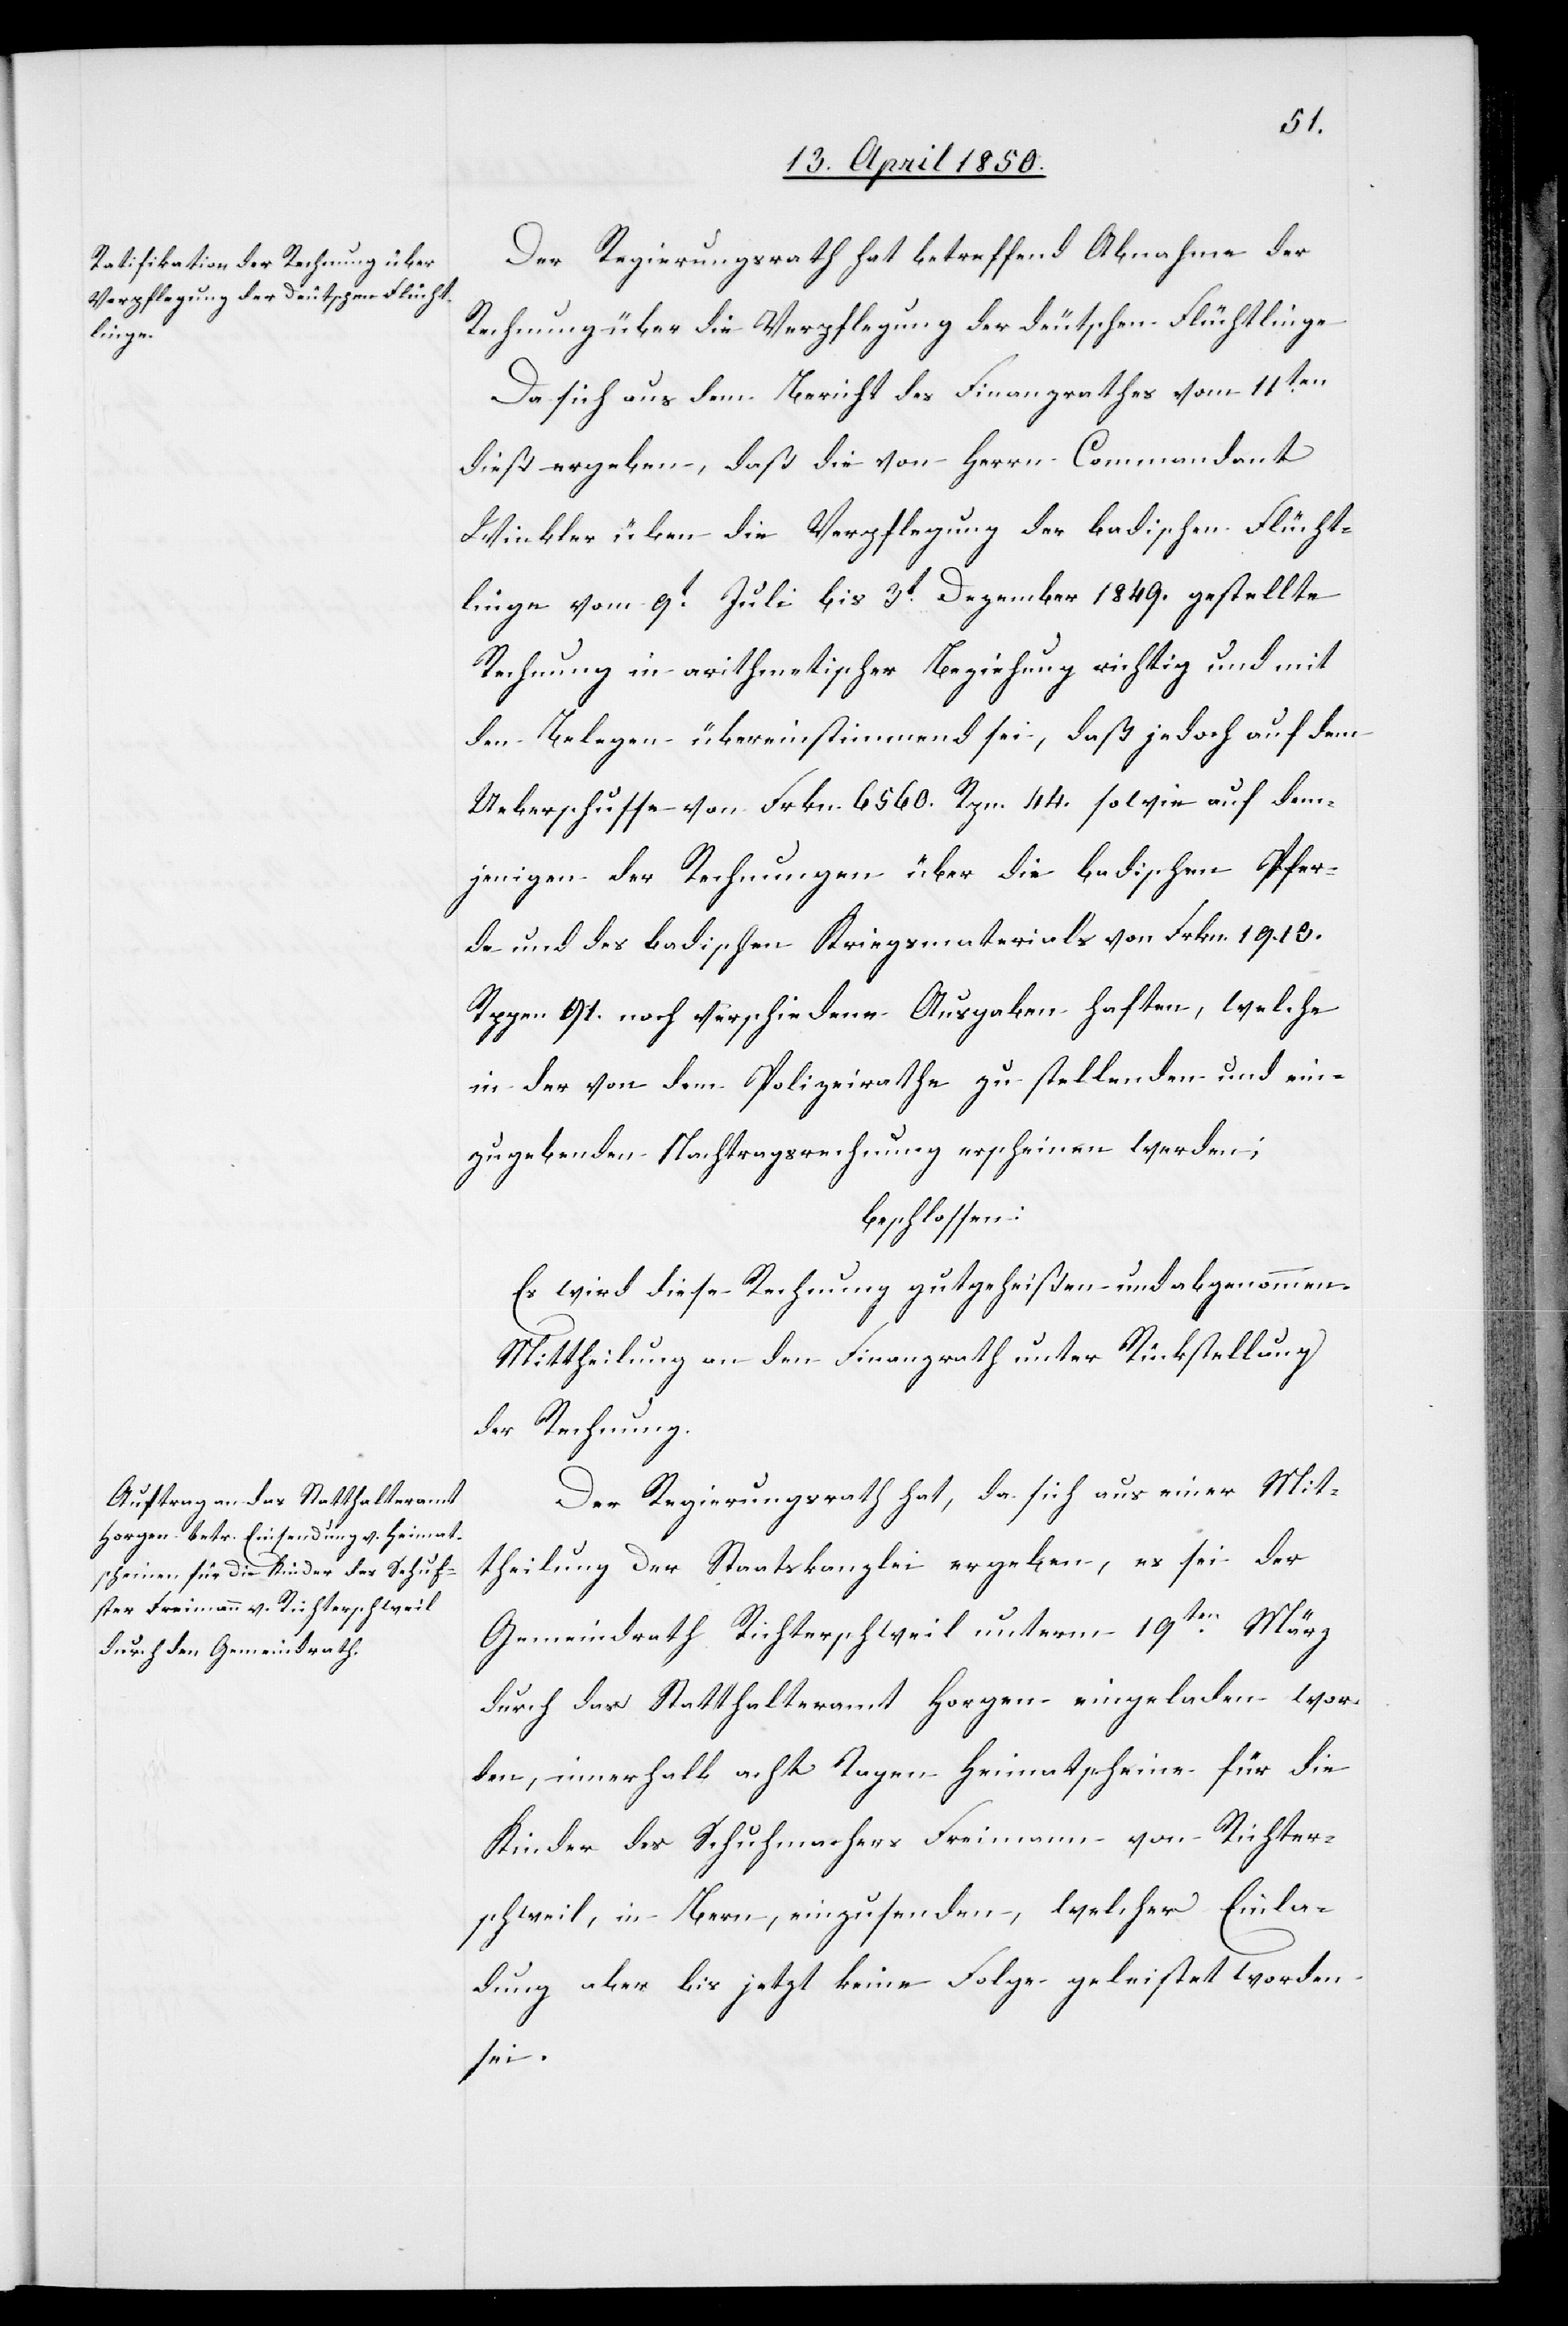
Der Regierungsrath hat betreffend Abnahme der
Rechnung über die Verpflegung der deutschen Flüchtlinge
Da sich aus dem Bericht des Finanzrathes vom 11ten
dieß ergeben, daß die von Herrn Commandant
[recte: über] die Verpflegung der badischen Flücht¬
linge vom 9t Juli bis 3t Dezember 1849. gestellte
Rechnung in arithmetischer Beziehung richtig und mit
den Belegen übereinstimmend sei, daß jedoch auf dem
Ueberschusse von Frkn. 6560. Rpn. 44. sowie auf dem¬
jenigen der Rechnungen über die badischen Pfer¬
de und des badischen Kriegsmaterials von Frkn. 1913.
Rppen. 91. noch verschiedene Ausgaben haften, welche
in der von dem Polizeirathe zu stellenden und ein¬
zugebenden Nachtragsrechnung erscheinen werden;
beschlossen:
Es wird diese Rechnung gutgeheißen und abgenommen.
Mittheilung an den Finanzrath unter Rückstellung
der Rechnung.
Der Regierungsrath hat, da sich aus einer Mit¬
theilung der Staatskanzlei ergeben, es sei der
Gemeindrath Richterschweil unterm 19ten März
durch das Statthalteramt Horgen eingeladen wor¬
den, innerhalb acht Tagen Heimatscheine für die
Kinder des Schuhmachers Freimann von Richter¬
schweil, in Bern, einzusenden, welcher Einla¬
dung aber bis jetzt keine Folge geleistet worden
sei.